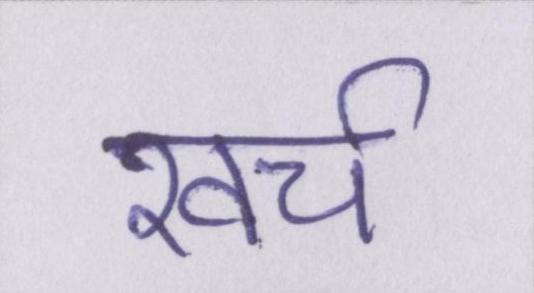
खच॔